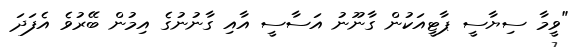
"ވީމާ ސިޔާސީ ޕާޓީއަކުން ގާނޫނު އަސާސީ އާއި ގާނުނުގެ އިމުން ބޭރުވެ އެފަދަ